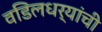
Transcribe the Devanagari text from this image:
वडिलधर्यांची